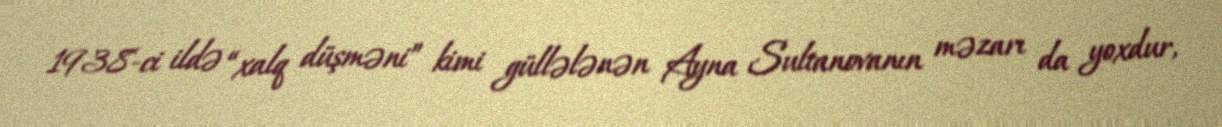
1938-ci ildə “xalq düşməni” kimi güllələnən Ayna Sultanovanın məzarı da yoxdur,